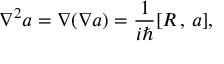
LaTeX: \nabla ^ { 2 } a = \nabla ( \nabla a ) = \frac 1 { i \hbar } [ R \, , \, a ] ,